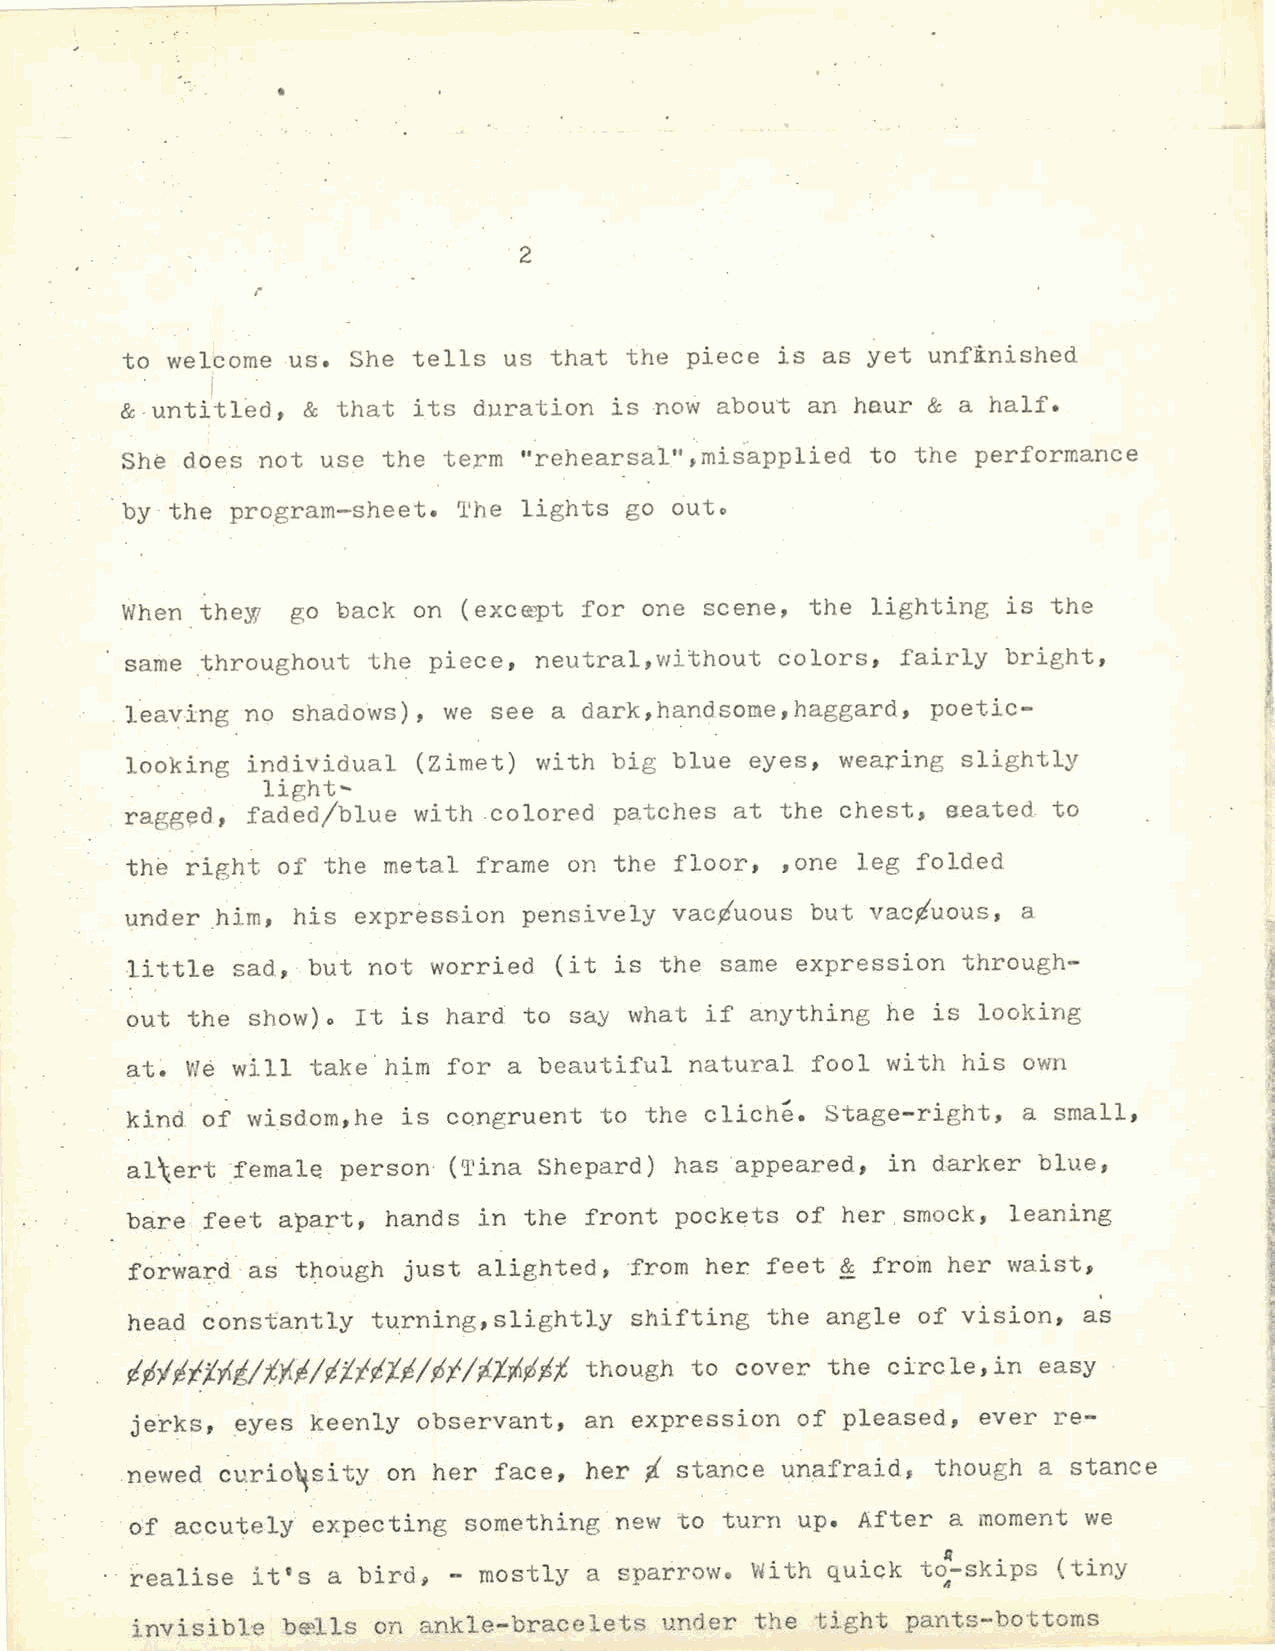
•
 2
 r
 to welcome us. She tells us that the piece  is as yet unfinished
 I
 & - untitl~d, & that its duration is no~ abou~ an haur & a half.
 .          .                                     i
 She does not use the term  "rehearsal",misapplied to the performance        I
 ,~
 by the program-sheet. The  lights go 6uto
 1
 '
 When the~  go back on  (exc~pt for one scene, the lighting is the
 l
 same throughout the piece, neutral,without  colors, fairly bright,
 .l .eaving no shadows), we see a dark,handsorne,haggard, poetic              ' l·
 looking indiVidual  (Zimet) with big blue eyes, wearing slightly
 . . .   light ...
 ragged, faded/blue with .colored patches at the chest, seated to
 right of the metal  frame on the floor, ,one leg folded
 th~
 under him, his  expression pensively vac¢'uous but vac¢'uous, a
 little sad, but not worried  (it is the ~arne expression through
 out the show)o  It is hard to say what if anything he is looking
 VIe will take .him for a beautiful natural fool with his own
 at~
 kind of wisdom,he  is congruent to the clich~. Stage-right, a small,
 al \ert femal~ person- ( 'l'ina Shepard) has ·appeared, in darker blue,
 bare feet apart,  hands in the front pockets of her smock, leaning
 f~r~a~d.· a~ t~o~gh just alighted, ~rom her feet & fro~ her waist,
 head constantly  turning,slightly shifting the angle of vision, as
 irJflflf{l,/~,'l.l/illil-i/lf/i.t.-,t;~f,f, though to cover the circle, in easy
 jerks, eyes keenly observant, an expression of pleased, ever re
 newed  curio~sity on her face, her i stance unafraid~ though a stance
 ·of accutely expecting something.new to turn up. After a moment we
 realise it's a bird    mostly a sparrow. With quick to~skips (tiny
 1 -                               "
 invisibl·e
 b~lls
 on ankle-bracelets under the tight pants-bottoms